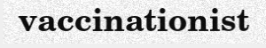
vaccinationist